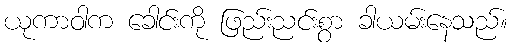
ယုကာဝါက ခေါင်းကို ဖြည်းညင်းစွာ ခါယမ်းနေသည်။